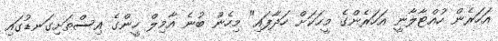
އަހަރެން ހުއްޓާލާނީ އަހަރެންގެ މީހަކަށް ހަދާފައި" މިހެން ބުނެ އާމިލް ހީންގެ އިސްތަށިގަނޑުގައި